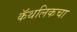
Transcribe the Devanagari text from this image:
कॅथलिकचा